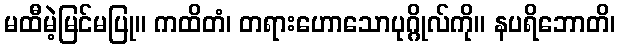
မထီမဲ့မြင်မပြု။ ကထိတံ၊ တရားဟောသောပုဂ္ဂိုလ်ကို။ နပရိဘောတိ၊